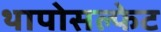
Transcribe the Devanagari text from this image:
थापोसल्फेट